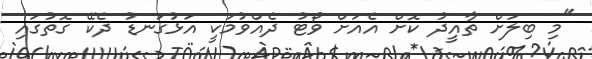
"މި ބިލަށް ތާއީދު ކޮށް އެއަށް ވޯޓު ދެއްވުމަކީ އަޅުގަނޑު ދެކޭ ގޮތުގައި